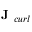
\textbf { J } _ { c u r l }